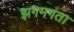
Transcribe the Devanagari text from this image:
झगमगता